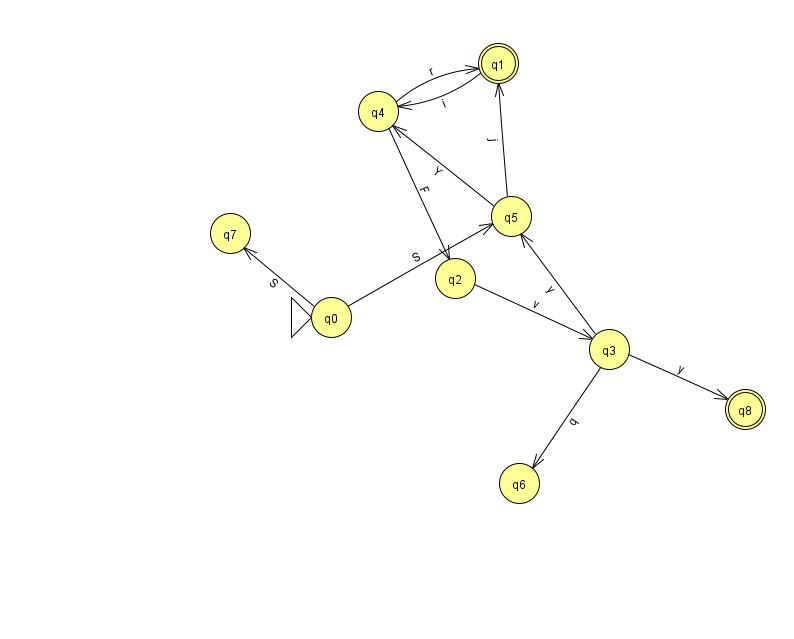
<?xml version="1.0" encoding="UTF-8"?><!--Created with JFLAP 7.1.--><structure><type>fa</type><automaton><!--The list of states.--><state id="0" name="q0"><x>331.0</x><y>304.0</y><initial/></state><state id="1" name="q1"><x>498.0</x><y>50.0</y><final/></state><state id="2" name="q2"><x>455.0</x><y>265.0</y></state><state id="3" name="q3"><x>609.0</x><y>336.0</y></state><state id="4" name="q4"><x>378.0</x><y>98.0</y></state><state id="5" name="q5"><x>511.0</x><y>203.0</y></state><state id="6" name="q6"><x>519.0</x><y>470.0</y></state><state id="7" name="q7"><x>230.0</x><y>220.0</y></state><state id="8" name="q8"><x>745.0</x><y>396.0</y><final/></state><!--The list of transitions.--><transition><from>0</from><to>7</to><read>S</read></transition><transition><from>3</from><to>5</to><read>y</read></transition><transition><from>1</from><to>4</to><read>i</read></transition><transition><from>0</from><to>5</to><read>S</read></transition><transition><from>2</from><to>3</to><read>v</read></transition><transition><from>3</from><to>8</to><read>y</read></transition><transition><from>5</from><to>1</to><read>j</read></transition><transition><from>4</from><to>1</to><read>r</read></transition><transition><from>3</from><to>6</to><read>q</read></transition><transition><from>4</from><to>2</to><read>F</read></transition><transition><from>5</from><to>4</to><read>Y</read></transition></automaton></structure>